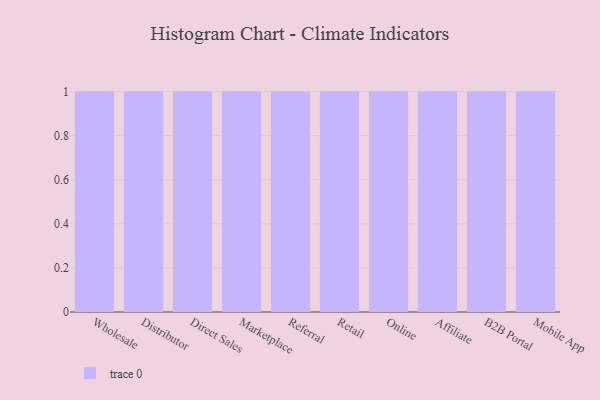
{"axis": {"x": "Channel", "y": "Gross Profit (USD K)"}, "legend": [""], "data": [{"x": "Wholesale", "y": 72, "type": ""}, {"x": "Distributor", "y": 51, "type": ""}, {"x": "Direct Sales", "y": 92, "type": ""}, {"x": "Marketplace", "y": 48, "type": ""}, {"x": "Referral", "y": 30, "type": ""}, {"x": "Retail", "y": 13, "type": ""}, {"x": "Online", "y": 97, "type": ""}, {"x": "Affiliate", "y": 45, "type": ""}, {"x": "B2B Portal", "y": 85, "type": ""}, {"x": "Mobile App", "y": 79, "type": ""}]}